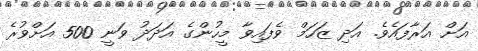
އަށް އަރާފައެވެ. އަދި ޒަހަމް ވެފައިވާ މީހުންގެ އަދަދު ވަނީ 500 އަށްވުރެ